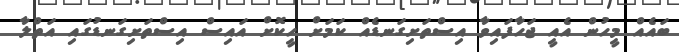
ބައެއް މީހުން އެއީ ޖަހާފައިވާ އިސްތަށިގަނޑެއް ކަމަށް ހީކޮށް އައިސް އިސްތަށިގަނޑުގައި އަތްލާ